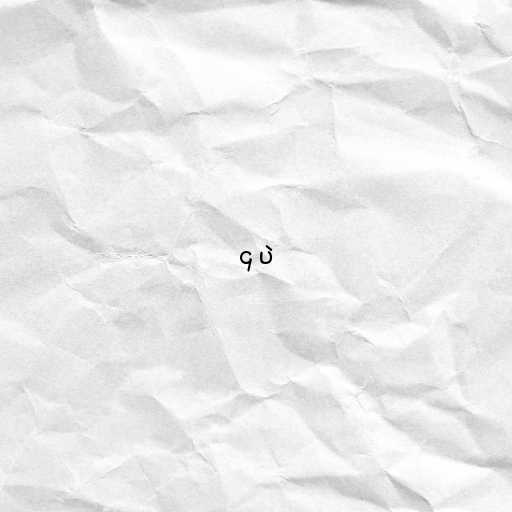
၄ ပဲ